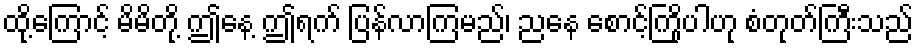
ထို့ကြောင့် မိမိတို့ ဤနေ့ ဤရက် ပြန်လာကြမည်၊ ညနေ စောင့်ကြိုပါဟု စံတုတ်ကြီးသည်